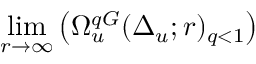
\operatorname* { l i m } _ { r \to \infty } \left( \Omega _ { u } ^ { q G } ( \Delta _ { u } ; r ) _ { q < 1 } \right)